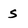
Character: s